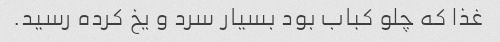
غذا که چلو کباب بود بسیار سرد و یخ کرده رسید.